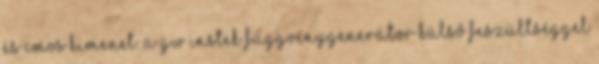
és CMOS kimenet. A GW Instek függvénygenerátor külső feszültséggel